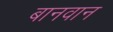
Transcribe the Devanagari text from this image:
बानवान